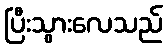
ပြီးသွားလေသည်